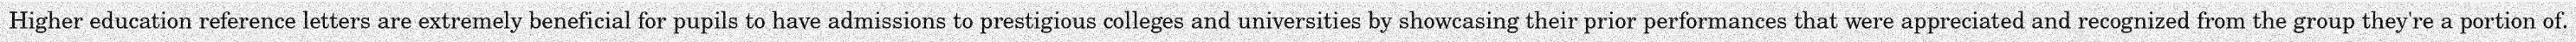
Higher education reference letters are extremely beneficial for pupils to have admissions to prestigious colleges and universities by showcasing their prior performances that were appreciated and recognized from the group they're a portion of.